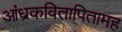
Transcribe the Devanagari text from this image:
आंध्रकवितापितामह